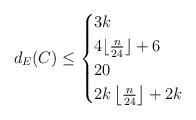
LaTeX: \begin{align*}d_E(C) \le \begin{cases}3k & \\4 \lfloor \frac{n}{24} \rfloor+6 & \\ 20 & \\ 2k \left\lfloor \frac{n}{24} \right\rfloor +2k & \end{cases}\end{align*}